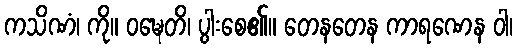
ကသိဏံ၊ ကို။ ဝဍ္ဎေတိ၊ ပွါးစေ၏။ တေနတေန ကာရဏေန ဝါ၊